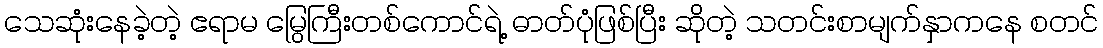
သေဆုံးနေခဲ့တဲ့ ဧရာမ မြွေကြီးတစ်ကောင်ရဲ့ ဓာတ်ပုံဖြစ်ပြီး ဆိုတဲ့ သတင်းစာမျက်နှာကနေ စတင်